Annual report on the working of the lock hospitals in the North-Western Provinces and Oudh
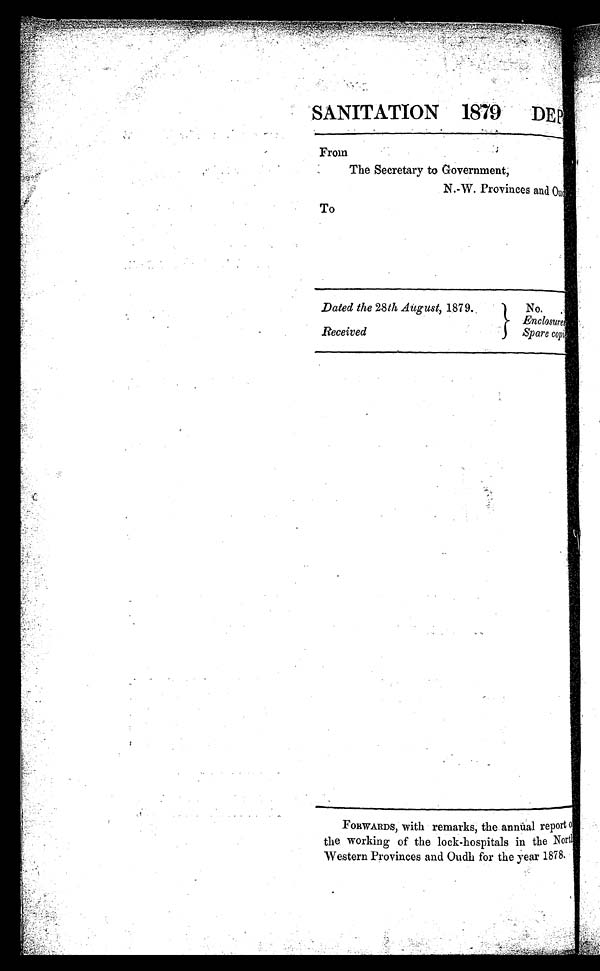
SANITATION 1879 DEP
From
The Secretary to Government;
N.-W. Provinces and O u d
To
Dated the 28th August, 1879
.
Received
No.
Enclosure
s Spare c o p i
es
FORWARDS, with remarks, the annual report of,
the working of the lock-hospitals in the North
Western Provinces and Oudh for the year 1878.